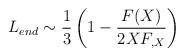
LaTeX: \begin{align*}L_{end} \sim \frac {1}{3} \left( 1 - \frac{F(X)}{2X F_{,X}} \right)\end{align*}